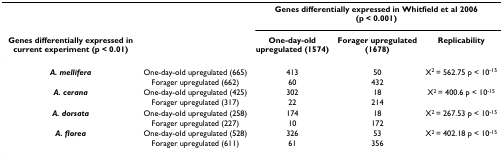
<table><thead><tr><td></td><td></td><td colspan="3"><b>Genes differentially expressed in Whitfield et al 2006 (p &lt; 0.001)</b></td></tr><tr><td><b>Genes differentially expressed in current experiment (p &lt; 0.01)</b></td><td></td><td><b>One-day-old upregulated (1574)</b></td><td><b>Forager upregulated (1678)</b></td><td><b>Replicability</b></td></tr></thead><tbody><tr><td><b><i>A. mellifera</i></b></td><td>One-day-old upregulated (665)</td><td>413</td><td>50</td><td>X<sup>2 </sup>= 562.75 p &lt; 10<sup>-15</sup></td></tr><tr><td></td><td>Forager upregulated (662)</td><td>60</td><td>432</td><td></td></tr><tr><td><b><i>A. cerana</i></b></td><td>One-day-old upregulated (425)</td><td>302</td><td>18</td><td>X<sup>2 </sup>= 400.6 p &lt; 10<sup>-15</sup></td></tr><tr><td></td><td>Forager upregulated (317)</td><td>22</td><td>214</td><td></td></tr><tr><td><b><i>A. dorsata</i></b></td><td>One-day-old upregulated (258)</td><td>174</td><td>18</td><td>X<sup>2 </sup>= 267.53 p &lt; 10<sup>-15</sup></td></tr><tr><td></td><td>Forager upregulated (227)</td><td>10</td><td>172</td><td></td></tr><tr><td><b><i>A. florea</i></b></td><td>One-day-old upregulated (528)</td><td>326</td><td>53</td><td>X<sup>2 </sup>= 402.18 p &lt; 10<sup>-15</sup></td></tr><tr><td></td><td>Forager upregulated (611)</td><td>61</td><td>356</td><td></td></tr></tbody></table>